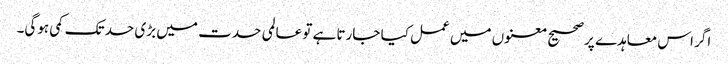
اگر اس معاہدے پر صحیح معنوں میں عمل کیا جارتا ہے تو عالمی حدت میں بڑی حد تک کمی ہوگی۔